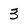
Character: 3